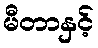
မီတာနှင့်